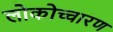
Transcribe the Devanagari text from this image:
लोकोच्चारण